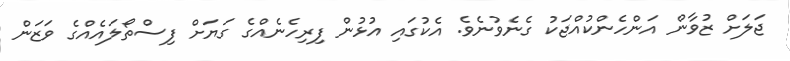
ޖަލަށް ޒުވާން އަންހެންކުއްޖަކު ގެނެވުނެވެ. އެކުގައި އުޅުން ފިރިހެނެއްގެ ގަޔަށް ފިސްތޯލައެއްގެ ވަޒަން